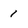
Character: 1